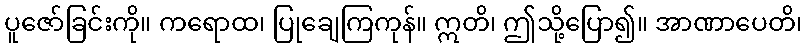
ပူဇော်ခြင်းကို။ ကရောထ၊ ပြုချေကြကုန်။ ဣတိ၊ ဤသို့ပြော၍။ အာဏာပေတိ၊